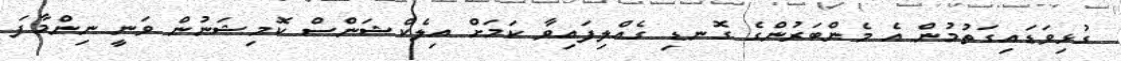
ގުޅިވަޑައިގަތުމުން އެ މެންބަރުންގެ ގޮނޑި ގެއްލިފައިވާ ކަމަށް އިލެކްޝަންސް ކޮމިޝަނުން ވަނީ ނިންމާފަ